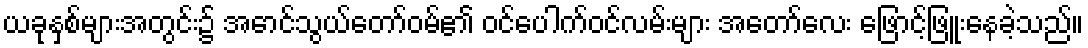
ယခုနှစ်များအတွင်း၌ အောင်သွယ်တော်ဝမ်၏ ဝင်ပေါက်ဝင်လမ်းများ အတော်လေး ဖြောင့်ဖြူးနေခဲ့သည်။